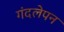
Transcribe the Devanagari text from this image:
गंदलेपन